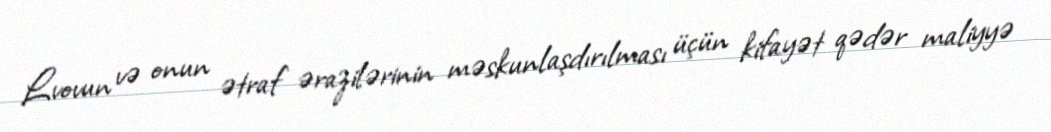
Lvovun və onun ətraf ərazilərinin məskunlaşdırılması üçün kifayət qədər maliyyə